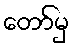
တော်မှ